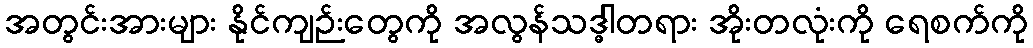
အတွင်းအားများ နိုင်ကျဉ်းတွေကို အလွန်သဒ္ဓါတရား အိုးတလုံးကို ရေစက်ကို